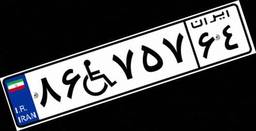
۸۶W۷۵۷۶۴